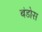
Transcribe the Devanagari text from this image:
बंडोस